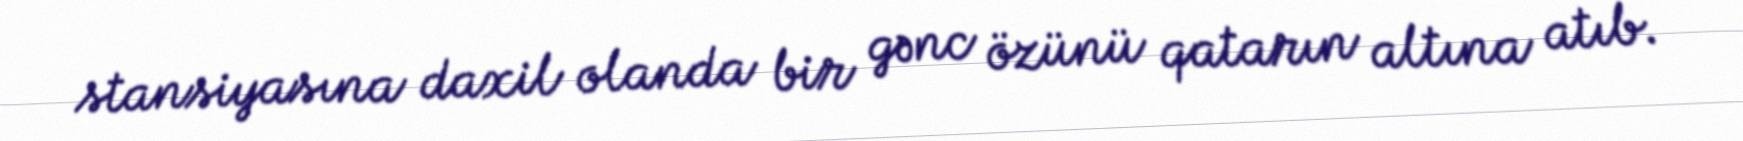
stansiyasına daxil olanda bir gənc özünü qatarın altına atıb.